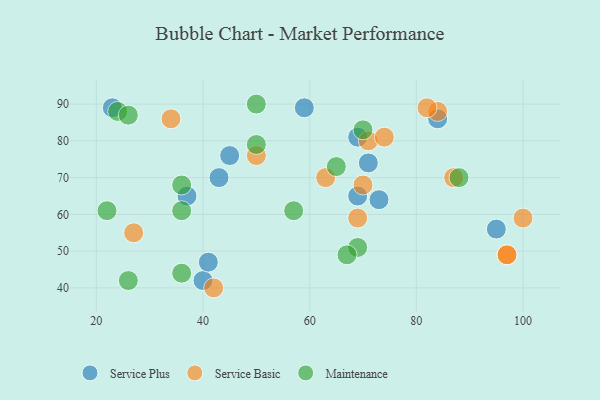
{"axis": {"x": "GDP", "y": "Life Expectancy"}, "legend": ["Maintenance", "Service Basic", "Service Plus"], "data": [{"x": "71", "y": 74, "type": "Service Plus"}, {"x": "45", "y": 76, "type": "Service Plus"}, {"x": "40", "y": 42, "type": "Service Plus"}, {"x": "73", "y": 64, "type": "Service Plus"}, {"x": "69", "y": 65, "type": "Service Plus"}, {"x": "37", "y": 65, "type": "Service Plus"}, {"x": "23", "y": 89, "type": "Service Plus"}, {"x": "59", "y": 89, "type": "Service Plus"}, {"x": "41", "y": 47, "type": "Service Plus"}, {"x": "69", "y": 81, "type": "Service Plus"}, {"x": "95", "y": 56, "type": "Service Plus"}, {"x": "84", "y": 86, "type": "Service Plus"}, {"x": "43", "y": 70, "type": "Service Plus"}, {"x": "63", "y": 70, "type": "Service Basic"}, {"x": "84", "y": 88, "type": "Service Basic"}, {"x": "71", "y": 80, "type": "Service Basic"}, {"x": "97", "y": 49, "type": "Service Basic"}, {"x": "27", "y": 55, "type": "Service Basic"}, {"x": "100", "y": 59, "type": "Service Basic"}, {"x": "50", "y": 76, "type": "Service Basic"}, {"x": "42", "y": 40, "type": "Service Basic"}, {"x": "82", "y": 89, "type": "Service Basic"}, {"x": "74", "y": 81, "type": "Service Basic"}, {"x": "97", "y": 49, "type": "Service Basic"}, {"x": "87", "y": 70, "type": "Service Basic"}, {"x": "69", "y": 59, "type": "Service Basic"}, {"x": "34", "y": 86, "type": "Service Basic"}, {"x": "70", "y": 68, "type": "Service Basic"}, {"x": "69", "y": 51, "type": "Maintenance"}, {"x": "50", "y": 90, "type": "Maintenance"}, {"x": "70", "y": 83, "type": "Maintenance"}, {"x": "36", "y": 61, "type": "Maintenance"}, {"x": "65", "y": 73, "type": "Maintenance"}, {"x": "36", "y": 44, "type": "Maintenance"}, {"x": "24", "y": 88, "type": "Maintenance"}, {"x": "22", "y": 61, "type": "Maintenance"}, {"x": "26", "y": 42, "type": "Maintenance"}, {"x": "36", "y": 68, "type": "Maintenance"}, {"x": "26", "y": 87, "type": "Maintenance"}, {"x": "57", "y": 61, "type": "Maintenance"}, {"x": "88", "y": 70, "type": "Maintenance"}, {"x": "50", "y": 79, "type": "Maintenance"}, {"x": "67", "y": 49, "type": "Maintenance"}]}